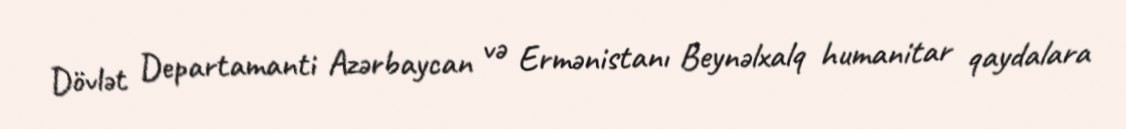
Dövlət Departamanti Azərbaycan və Ermənistanı Beynəlxalq humanitar qaydalara